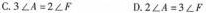
C. $$3 ∠ A = 2 ∠ F$$ D. $$2 ∠ A = 3 ∠ F$$